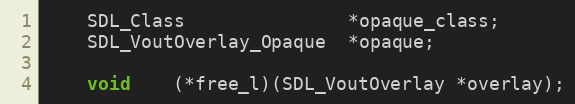
Language: C
    SDL_Class               *opaque_class;
    SDL_VoutOverlay_Opaque  *opaque;

    void    (*free_l)(SDL_VoutOverlay *overlay);